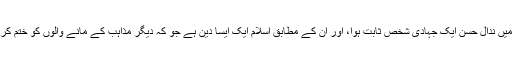
ایک بڑی تعداد کے خیال میں ندال حسن ایک جہادی شخص ثابت ہوا، اور ان کے مطابق اسلام ایک ایسا دین ہے جو کہ دیگر مذاہب کے مانے والوں کو ختم کردینے کی ترغیب دیتا ہے۔